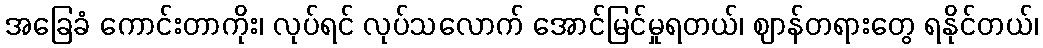
အခြေခံ ကောင်းတာကိုး၊ လုပ်ရင် လုပ်သလောက် အောင်မြင်မှုရတယ်၊ ဈာန်တရားတွေ ရနိုင်တယ်၊